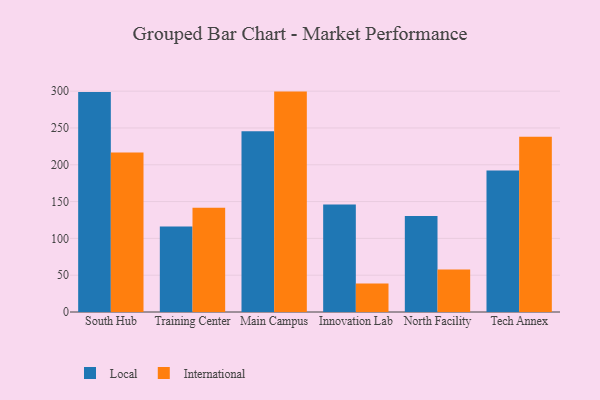
{"axis": {"x": "Campus", "y": "Temperature (°C)"}, "legend": ["International", "Local"], "data": [{"x": "South Hub", "y": 298.9, "type": "Local"}, {"x": "South Hub", "y": 216.8, "type": "International"}, {"x": "Training Center", "y": 116.0, "type": "Local"}, {"x": "Training Center", "y": 141.5, "type": "International"}, {"x": "Main Campus", "y": 245.7, "type": "Local"}, {"x": "Main Campus", "y": 299.4, "type": "International"}, {"x": "Innovation Lab", "y": 146.1, "type": "Local"}, {"x": "Innovation Lab", "y": 38.8, "type": "International"}, {"x": "North Facility", "y": 130.3, "type": "Local"}, {"x": "North Facility", "y": 57.8, "type": "International"}, {"x": "Tech Annex", "y": 192.3, "type": "Local"}, {"x": "Tech Annex", "y": 238.0, "type": "International"}]}